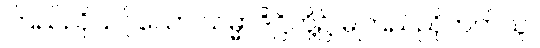
ကြည်ညိုသင့်သော သမ္မာဒိဋ္ဌိတို့၌ မကြည်ညိုတတ်သူ။